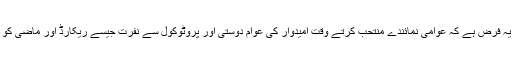
ساتھ ہی عوام کا بھی یہ فرض ہے کہ عوامی نمائندے منتحب کرتے وقت امیدوار کی عوام دوستی اور پروٹوکول سے نفرت جیسے ریکارڈ اور ماضی کو بھی ذہن نشین رکھيں۔